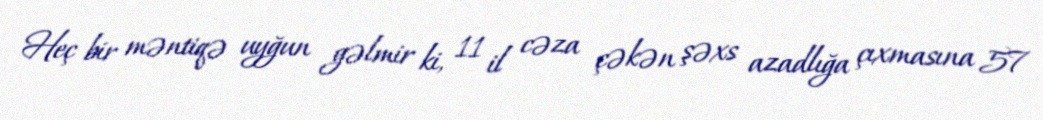
Heç bir məntiqə uyğun gəlmir ki, 11 il cəza çəkən şəxs azadlığa çıxmasına 57